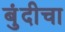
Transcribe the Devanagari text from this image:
बुंदीचा